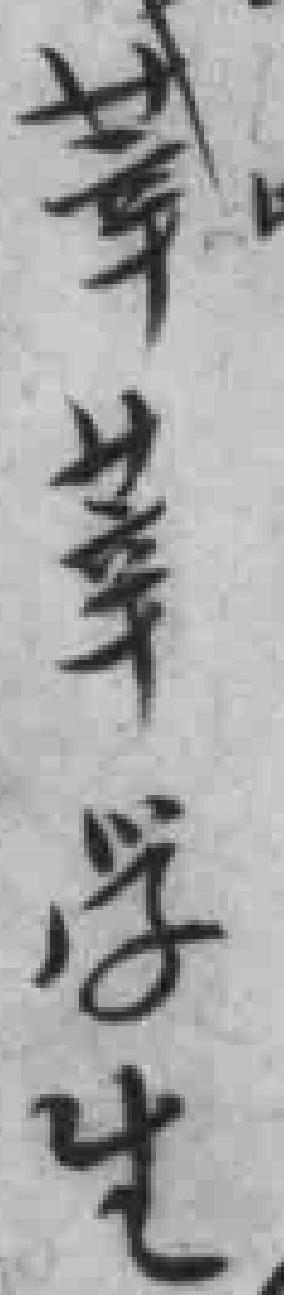
莘幸学生